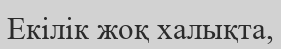
Екілік жоқ халықта,